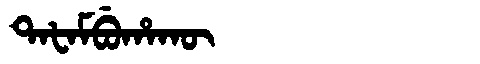
Manchu: ᡨᠠᡶᠠᠮᠪᡠᡥᠠᡴᡡ
Romanization: TAFAMBUHAKŪ